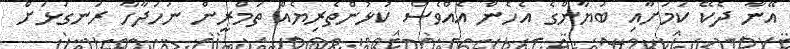
އޭނާ ދެކޭ ކަމަށާއި ބަޔާންގެ އެހެން އެއްވެސް ކުޅުންތެރިޔެއް ތަމްރީން ނަހަދާހާ ރަނގަޅަށް